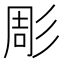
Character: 彫